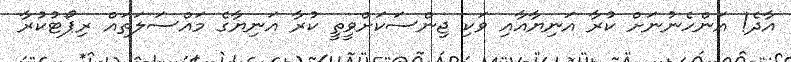
އާދެ! އަންހެނުނަށް ކުރާ އަނިޔާއާއި ވަކި ޖިންސަކަށްވީތީ ކުރާ އަނިޔާގެ މައްސަލަތައް ރިޕޯޓުކުރާ